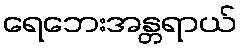
ရေဘေးအန္တရာယ်